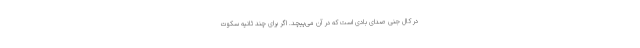
در کال جنی صدای بادی است که در آن می‌پیچد. اگر برای چند ثانیه سکوت